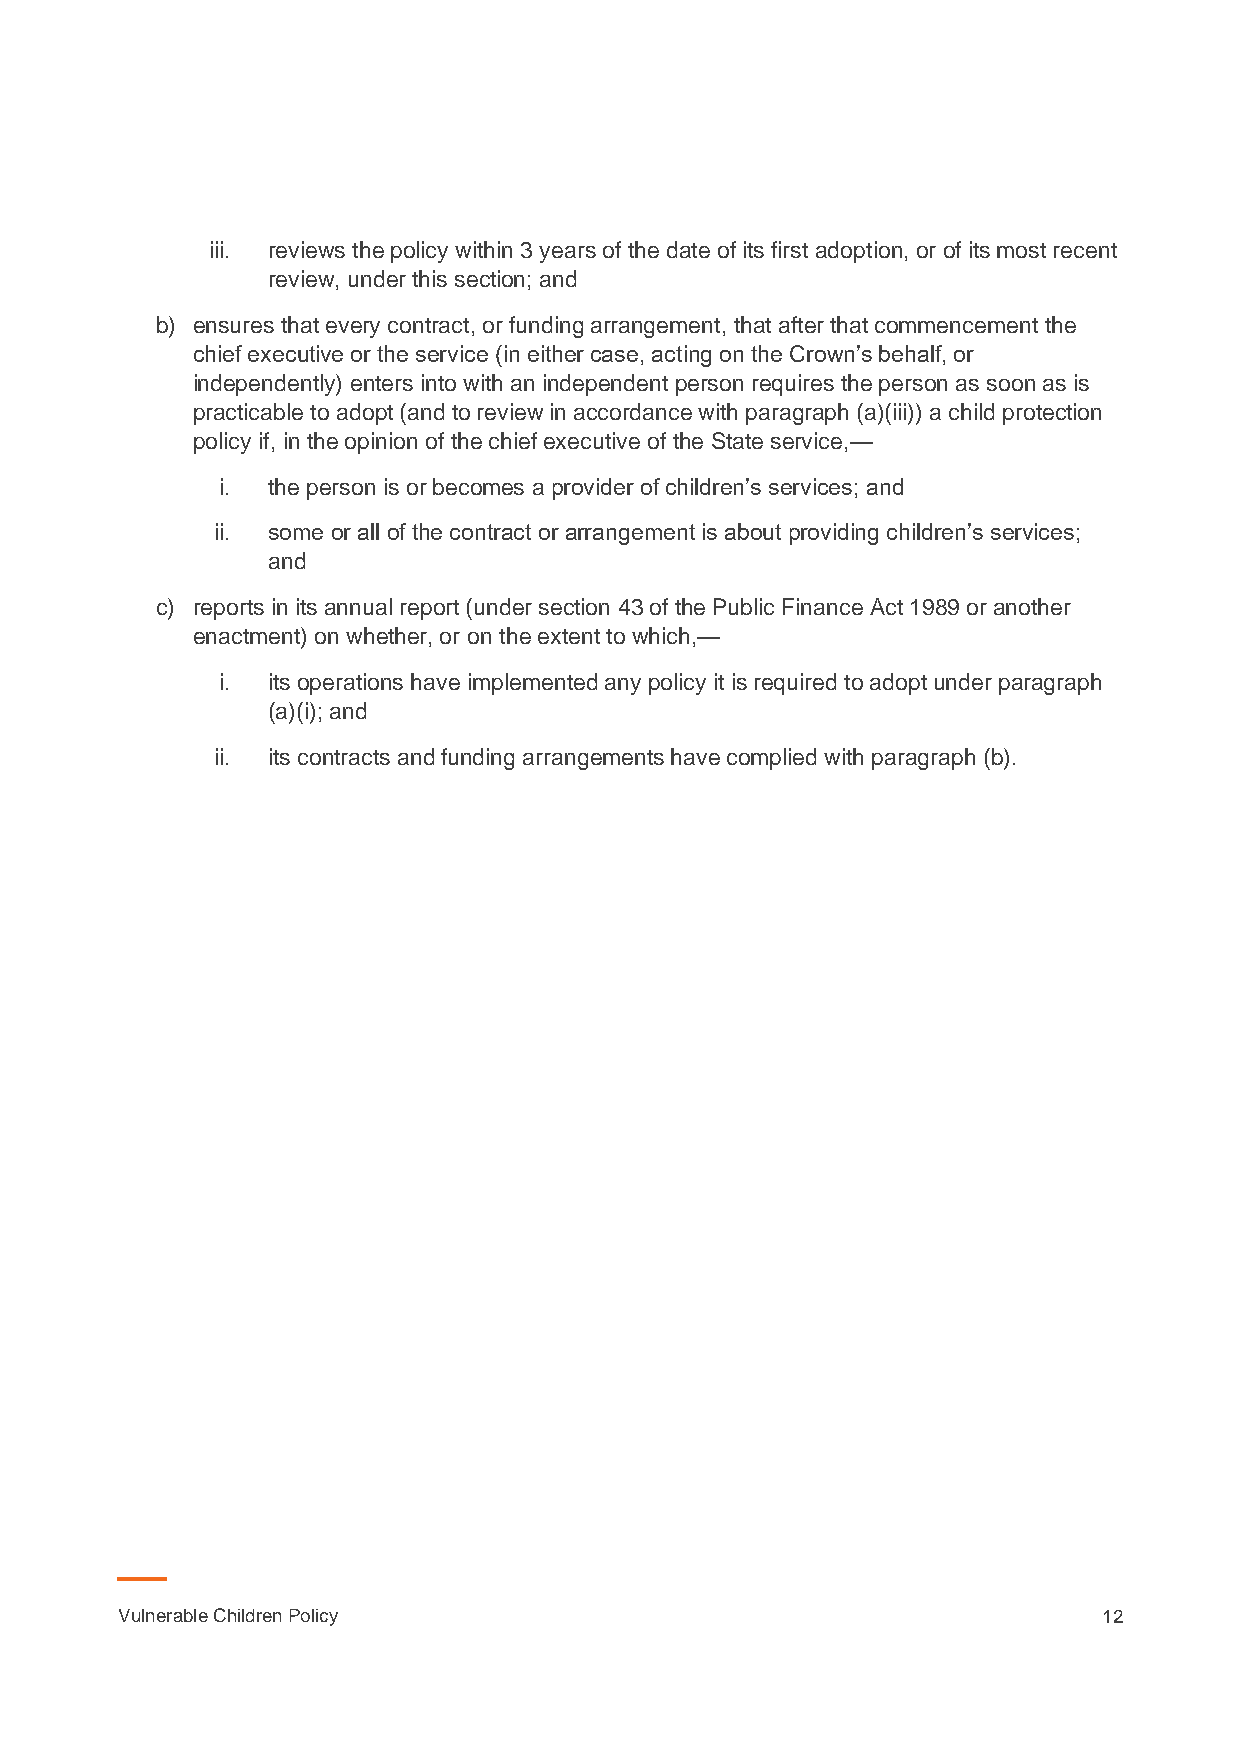
iii. reviews the policy within 3 years of the date of its first adoption, or of its most recent
 review, under this section; and
 b) ensures that every contract, or funding arrangement, that after that commencement the
 chief executive or the service (in either case, acting on the Crown’s behalf, or
 independently) enters into with an independent person requires the person as soon as is
 practicable to adopt (and to review in accordance with paragraph (a)(iii)) a child protection
 policy if, in the opinion of the chief executive of the State service,—
 i. the person is or becomes a provider of children’s services; and
 ii. some or all of the contract or arrangement is about providing children’s services;
 and
 c) reports in its annual report (under section 43 of the Public Finance Act 1989 or another
 enactment) on whether, or on the extent to which,—
 i. its operations have implemented any policy it is required to adopt under paragraph
 (a)(i); and
 ii. its contracts and funding arrangements have complied with paragraph (b).
 Vulnerable Children Policy                                       12